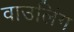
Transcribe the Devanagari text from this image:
वाउलिंग